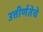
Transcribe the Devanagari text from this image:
उत्तीर्णतेचे